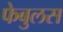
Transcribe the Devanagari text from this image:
फेबुलस